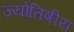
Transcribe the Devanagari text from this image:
ज्‍योतिषीय